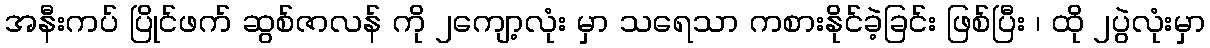
အနီးကပ် ပြိုင်ဖက် ဆွစ်ဇာလန် ကို ၂ကျော့လုံး မှာ သရေသာ ကစားနိုင်ခဲ့ခြင်း ဖြစ်ပြီး ၊ ထို ၂ပွဲလုံးမှာ